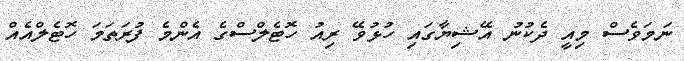
ނަމަވެސް މިއީ ދެކުނު އޭޝިޔާގައި ހުޅުވޭ ރިއު ހޮޓެލްސްގެ އެންމެ ފުރަތަމަ ހޮޓެލްއެއް